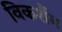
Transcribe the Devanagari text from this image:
विकर्शैम